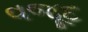
વજૂદ